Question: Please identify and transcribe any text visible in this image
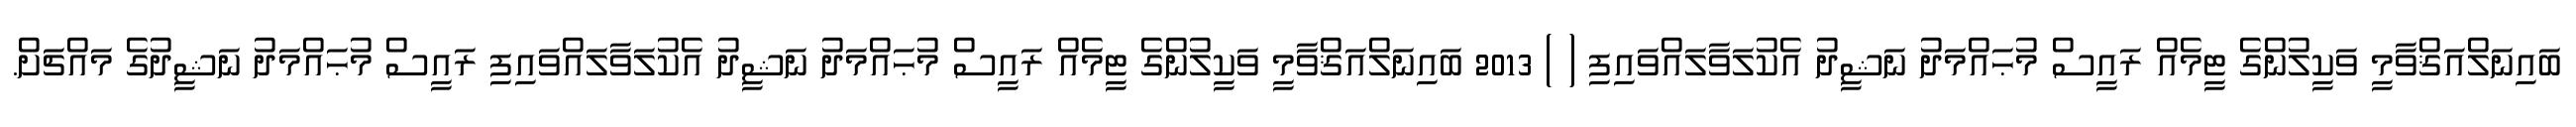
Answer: ބައިނަލްއަޤްވާމީ ވަކީލުންގެ ޓީމެއް ރައީސް މުޙައްމަދު ނަޝީދު އެކުލަވާލައްވައިފި ( ) 2013 ބައިނަލްއަޤްވާމީ ވަކީލުންގެ ޓީމެއް ރައީސް މުޙައްމަދު ނަޝީދު އެކުލަވާލައްވައިފި ރައީސް މުޙައްމަދު ނަޝީދުގެ މައްޗަށް.